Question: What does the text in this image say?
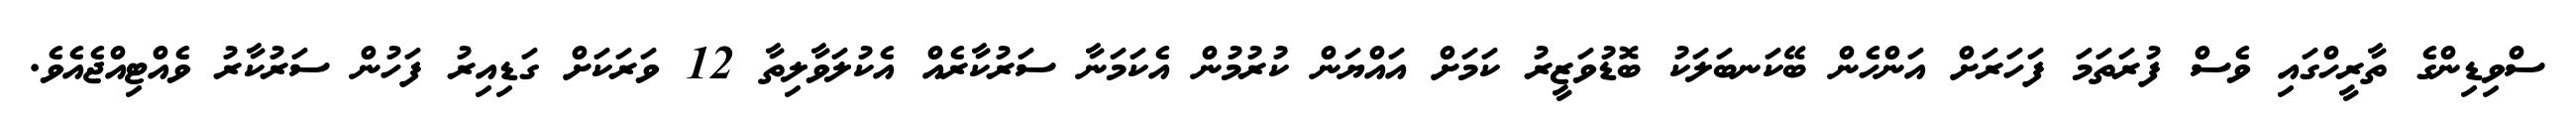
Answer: ސްވިޑިންގެ ތާރީހްގައި ވެސް ފުރަތަމަ ފަހަރަށް އަންހެން ބޭކަނބަލަކު ބޮޑުވަޒީރު ކަމަށް އައްޔަން ކުރުމުން އެކަމަނާ ސަރުކާރެއް އެކުލަވާލިތާ 12 ވަރަކަށް ގަޑިއިރު ފަހުން ސަރުކާރު ވެއްޓިއްޖެއެވެ.